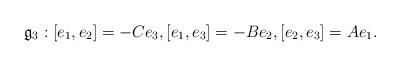
\begin{align*}\mathfrak{g} _3: \left[e_1,e_2 \right]=-C e_3, \left[ e_1,e_3\right]=-B e_2, \left[e_2,e_3\right]=A e_1 .\end{align*}